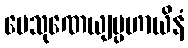
ပေသုဏေယျပ္ပဟာယိနံ